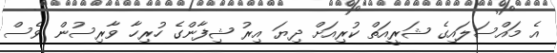
އެ މައްސަލައިގެ ޝަރީއަތް ކުރިއަށް ދިޔަ އިރު ޝިފާންގެ ހުރިހާ ވާރިސުން ވެސް